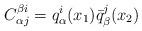
LaTeX: \begin{align*}C_{\alpha j}^{\beta i} = q_{\alpha}^{i} (x_{1}) \bar{q}_{\beta}^{j} (x_{2}) \end{align*}